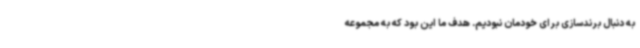
به دنبال‌ برندسازی برای خودمان نبودیم. هدف ما این بود که به مجموعه